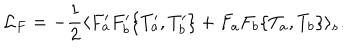
LaTeX: { \cal L } _ { F } = - \frac { 1 } { 2 } \langle F _ { a } ^ { \prime } F _ { b } ^ { \prime } \{ T _ { a } ^ { \prime } , T _ { b } ^ { \prime } \} + F _ { a } F _ { b } \{ T _ { a } , T _ { b } \} \rangle _ { s } .